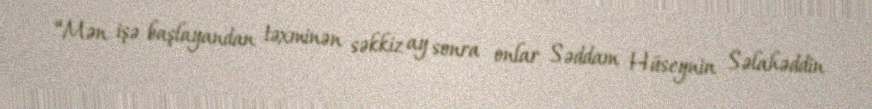
“Mən işə başlayandan təxminən səkkiz ay sonra onlar Səddam Hüseynin Səlahəddin